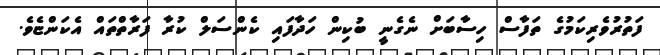
ފަތުރުވެރިކަމުގެ ތަފާސް ހިސާބަށް ނެގެނީ ބުކިން ހަދާފައި ކެންސަލް ކުރާ ފަރާތްތައް އެކަންޏެވެ.